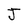
Character: J